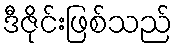
ဒီဇိုင်းဖြစ်သည်